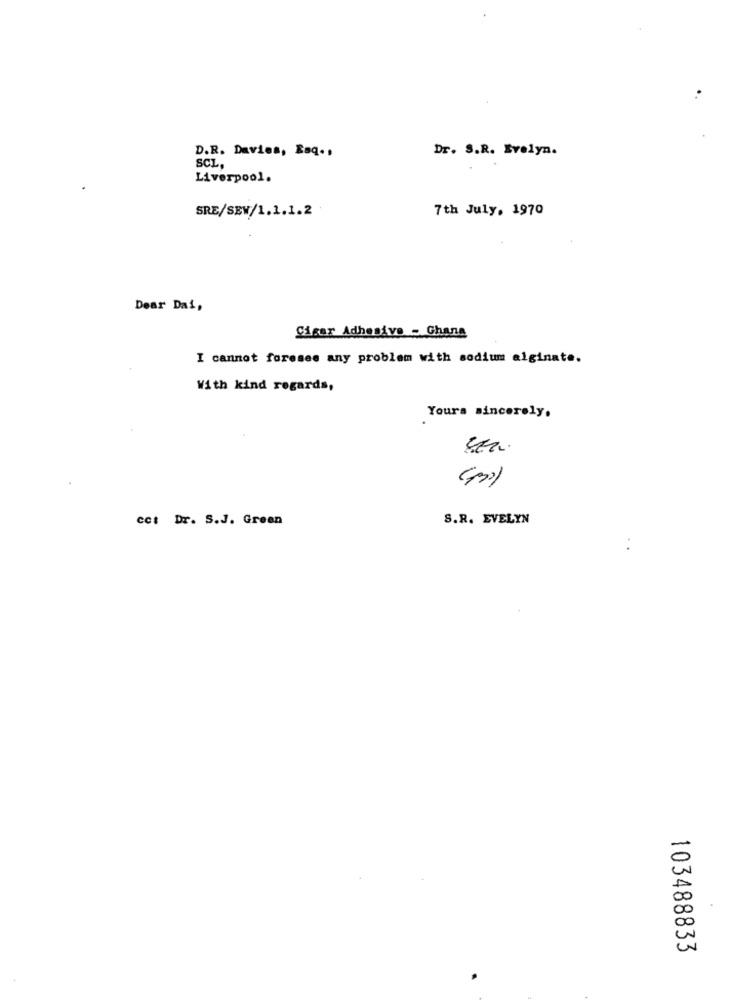
D.R. Davies, Laq .,
Dr. S.R. Evelyn.
SCL,
Liverpool.
SRE/SEV/1.1.1.2
7th July, 1970
Dear Dai,
Cisar Adhesivo - Ghana
I cannot foresee any problem with sodium alginate.
With kind regards,
Yours sincerely.
cct Dr. S.J. Green
S.R. EVELYN
103488833